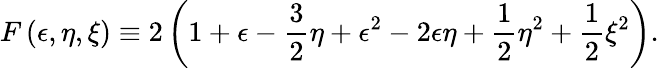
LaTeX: F\left(\epsilon,\eta,\xi\right)\equiv 2\left(1+\epsilon-{\frac{3}{2}}\eta+\epsilon^{2}-2\epsilon\eta+{\frac{1}{2}}\eta^{2}+{\frac{1}{2}}\xi^{2}\right).